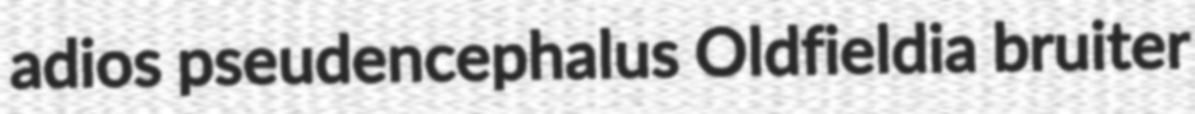
adios pseudencephalus Oldfieldia bruiter